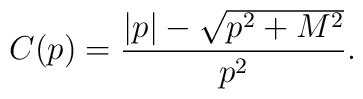
C(p)=\frac{|p|-\sqrt{p^{2}+M^{2}}}{p^{2}}.